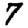
Digit: 7